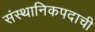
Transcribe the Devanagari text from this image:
संस्थानिकपदाची